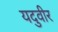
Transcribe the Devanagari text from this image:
यदुवीर